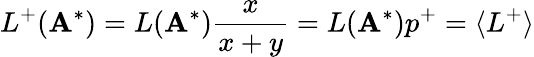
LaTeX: L^{+}(\mathbf{A}^{*})=L(\mathbf{A}^{*})\frac{x}{x+y}=L(\mathbf{A}^{*})p^{+}=\langle L^{+}\rangle